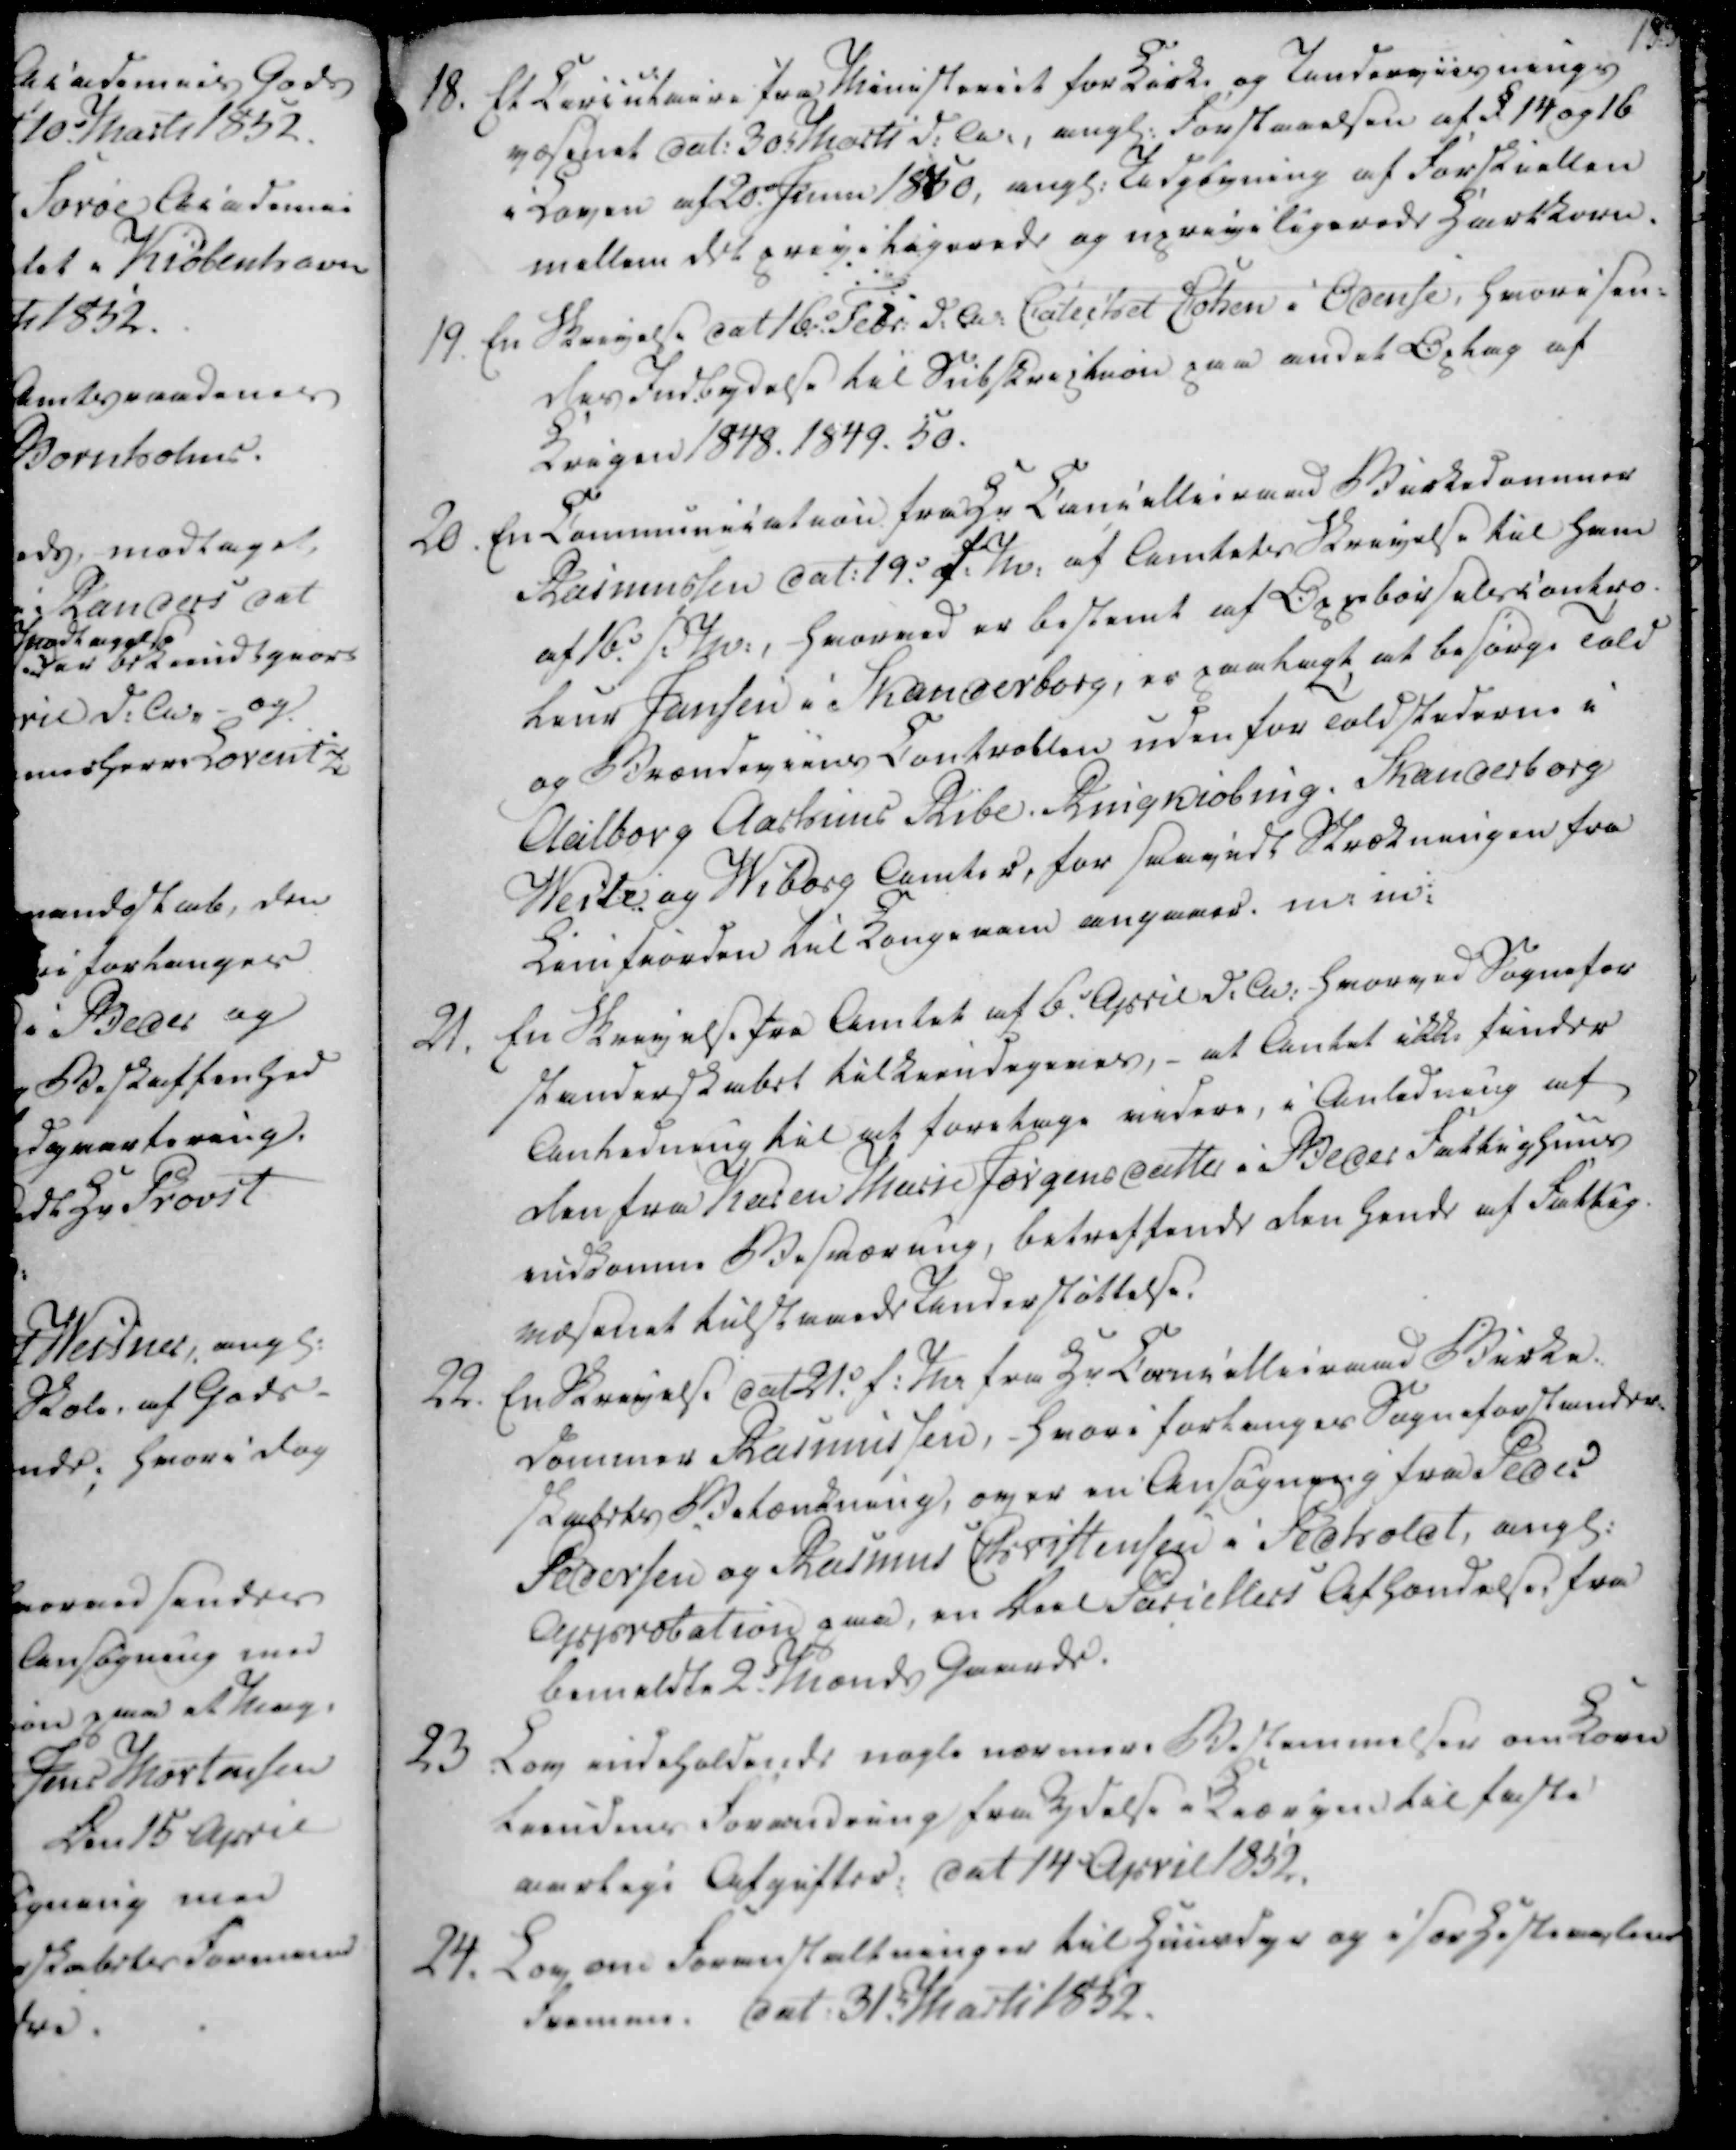
Transskription:
18. Et Circulaire fra Ministeriet for Kirke og Underviisnings

væsenet dat. 30. Marts d.A., angl. Forstaaelsen af §14 og 16

i Loven af 20. Juni 1850, angl. Udgivning af Forskiellen

mellem det priviligerede og upriviligerede Hartkorn.

19. En Skrivelse dat 16. Febr. d.A. Calechet Cohen i Odense, hvori sen-

des Indbydelse til Subskription paa andet Oplag af

Krigen 1848. 1849. 50.

20. En Communication fra Hr Cancellieraad Birkedommer

Rasmussen dat. 19. f.M. af Amtets Skrivelse til ham

af 16. f.M., hvorved er bestemt af Oppebørselerscontro

Laus Jansen i Skanderborg, er paalagt at besørge Told

og Brændeviens Controllen udenfor Toldstederne i

Aalborg Aarhuus Ribe Ringkiøbing. Skanderborg

Weile og Wiborg Amter, for saavidt Strækningen fra

Limfiorden til Kongeaen angaaer. m.m.

18. Et Circulaire fra Ministeriet for Kirke og Underviisnings
væsenet dat. 30. Marts d.A., angl. Forstaaelsen af §14 og 16
i Loven af 20. Juni 1850, angl. Udgivning af Forskiellen
mellem det priviligerede og upriviligerede Hartkorn.
19. En Skrivelse dat 16. Febr. d.A. Calechet Cohen i Odense, hvori sen-
des Indbydelse til Subskription paa andet Oplag af
Krigen 1848. 1849. 50.
20. En Communication fra Hr Cancellieraad Birkedommer
Rasmussen dat. 19. f.M. af Amtets Skrivelse til ham
af 16. f.M., hvorved er bestemt af Oppebørselerscontro
Laus Jansen i Skanderborg, er paalagt at besørge Told
og Brændeviens Controllen udenfor Toldstederne i
Aalborg Aarhuus Ribe Ringkiøbing. Skanderborg
Weile og Wiborg Amter, for saavidt Strækningen fra
Limfiorden til Kongeaen angaaer. m.m.

21.

En Skrivelse fra Amtet af 6. April d.A. hvorved Sognefor

standerskabet tilkiendegeves, - at Antet ikke finder

Anledning til at foretage videre, i Anledning af

den fra Karen Marie Jørgensdatter i Beder Fattighuus

indkomne Besværing, betreffende den hende af Fattig-

væsenet tilstaaede Understøttelse.

22. En Skrivelse dat 21. f.M. fra Hr Cancellieraad Birke-

dommer Rasmussen, - hvori forlanges Sogneforstander-

skabets Betænkning, over en Ansøgning fra Peder

Pedersen og Rasmus Christensen i Pedholdt, angl.

Approbation paa, en Deel Parcellers Afhændelse fra

bemeldte 2. Mænds Gaarde.

23 Lov indeholdende nogle nærmere Bestemmelser om Korn

tiendens Forandring fra Ydelse i Krigen til faste

aarlige Afgifter: dat 14 April 1852.

24. Lov om Foranstaltninger til Huusdyr og især Hestemestes

fremme. dat. 31. Marts 1852.

21.
En Skrivelse fra Amtet af 6. April d.A. hvorved Sognefor
standerskabet tilkiendegeves, - at Antet ikke finder
Anledning til at foretage videre, i Anledning af
den fra Karen Marie Jørgensdatter i Beder Fattighuus
indkomne Besværing, betreffende den hende af Fattig-
væsenet tilstaaede Understøttelse.
22. En Skrivelse dat 21. f.M. fra Hr Cancellieraad Birke-
dommer Rasmussen, - hvori forlanges Sogneforstander-
skabets Betænkning, over en Ansøgning fra Peder
Pedersen og Rasmus Christensen i Pedholdt, angl.
Approbation paa, en Deel Parcellers Afhændelse fra
bemeldte 2. Mænds Gaarde.
23 Lov indeholdende nogle nærmere Bestemmelser om Korn
tiendens Forandring fra Ydelse i Krigen til faste
aarlige Afgifter: dat 14 April 1852.
24. Lov om Foranstaltninger til Huusdyr og især Hestemestes
fremme. dat. 31. Marts 1852.